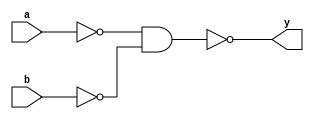
`timescale 1ns / 1ps
//////////////////////////////////////////////////////////////////////////////////
// Company: 
// Engineer: 
// 
// Design Name: 
// Module Name: or_nand
// Project Name: 
// Target Devices: 
// Tool Versions: 
// Description: 
// 
// Dependencies: 
// 
// Revision:
// Revision 0.01 - File Created
// Additional Comments:
// 
//////////////////////////////////////////////////////////////////////////////////


module or_nand(input a, b, output y);

wire temp1, temp2;

nand n3(temp1, a, a);
nand n4(temp2, b, b);
nand n5(y, temp1, temp2);

endmodule